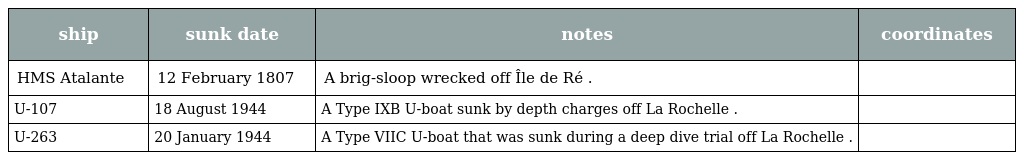
| ship | sunk date | notes | coordinates |
 | --- | --- | --- | --- |
 | HMS Atalante | 12 February 1807 | A brig-sloop wrecked off Île de Ré . |  |
 | U-107 | 18 August 1944 | A Type IXB U-boat sunk by depth charges off La Rochelle . |  |
 | U-263 | 20 January 1944 | A Type VIIC U-boat that was sunk during a deep dive trial off La Rochelle . |  |